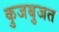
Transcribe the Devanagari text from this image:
कुजबुजत